Civil Veterinary Dept. North-West Frontier Province 1901-22 - 1901-1922
Year: 1901
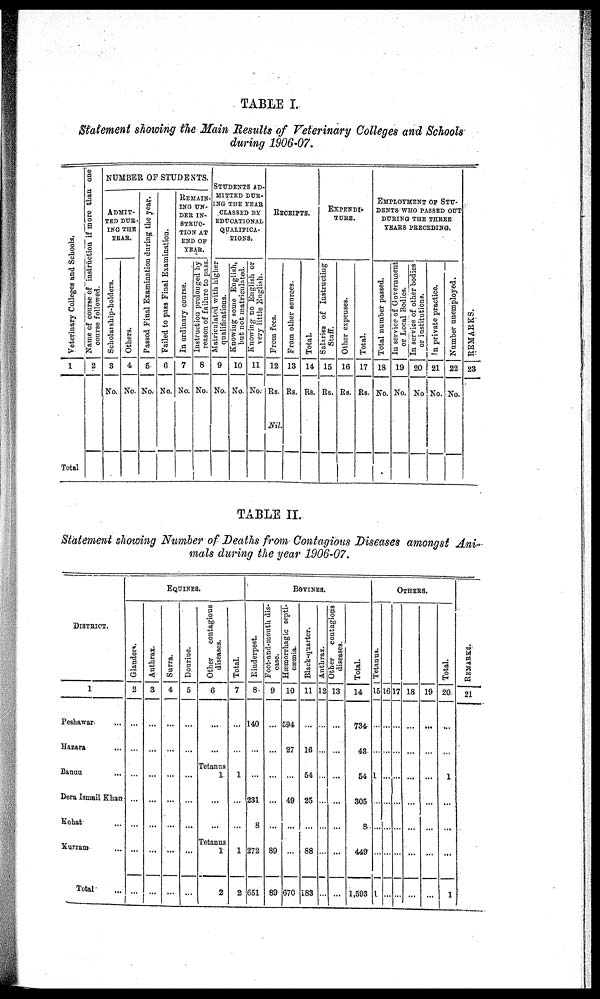
TABLE I.
Statement showing the Main Results of Veterinary Colleges and Schools
during 1906-07.
Veterinary Colleges and Schools.
1
Total
Name of course of instruction if more than one
course followed.
2
NUMBER OF STUDENTS.
ADMIT-
TED DUR-
ING THE
YEAR.
Scholarship-holders.
3
No.
Others.
4
No.
Passed Final Examination during the year.
5
No.
Failed to pass Final Examination.
6
No.
REMAIN-
ING UN-
DER IN-
STRUC-
TION AT
END OF
YEAR.
In ordinary course.
7
No.
Instruction
prolonged by
reason of failure to pass.
8
No.
STUDENTS AD-
MITTED DUR-
ING THE YEAR
CLASSED BY
EDUCATIONAL
QUALIFICA-
TIONS.
Matriculated with higher
qualifications.
9
No.
Knowing
some English,
but not matriculated.
10
No.
Knowing no English or
very little English.
11
No.
RECEIPTS.
From fees.
12
Rs.
Nil
From other sources.
13
Rs.
Total.
14
Rs.
EXPENDI-
TURE.
Salaries of Instructing
Staff.
15
Rs.
Other expenses.
16
Rs.
Total.
17
Rs.
EMPLOYMENT OP STU-
DENTS WHO PASSED OUT
DURING THE THREE
YEARS PRECEDING.
Total number passed.
18
No.
In service of Government
or Local Bodies.
19
No.
In service of other bodies
or institutions.
20
No
In private practice.
21
No.
Number unemployed.
22
No.
REMARKS.
23
TABLE II.
Statement showing Number of Deaths from Contagious Diseases amongst Ani-
mals during the year 1906-07.
DISTRICT.
1
Peshawar ...
Harara ...
Bannu ...
Dera Ismail Khan
Kohat ...
Xurram ...
Total
EQUINES.
Glanders.
2
...
...
...
...
...
...
...
Anthrax.
3
...
...
...
...
...
...
...
Surra.
4
...
...
...
...
...
...
...
Dourine.
5
...
...
...
...
...
...
...
Other
contagious
diseases.
6
...
...
Tetanus
1
...
...
Tetanus
1
2
Total.
7
...
...
1
...
...
1
2
BAVINES.
Rinderpest.
8
140
...
...
231
8
272
651
Foot-and-mouth dis-
ease.
9
...
...
...
...
...
89
89
Hæmorrhagic septi-
10
594
27
...
49
...
...
670
Black-quarter.
11
...
16
54
25
...
88
183
Anthrax.
12
...
...
...
...
...
...
...
Other
contagious
diseases.
13
...
...
...
...
...
...
...
Total.
14
734
43
54
305
8
449
1,593
OTHERS.
Tetanus.
15
...
...
1
...
...
...
1
16
...
...
...
...
...
...
...
17
...
...
...
...
...
...
...
18
...
...
...
...
...
...
...
19
...
...
...
...
...
...
...
Total.
20
...
...
1
...
...
...
1
REMARKS .
21